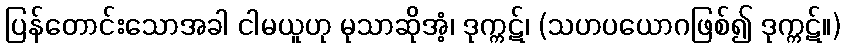
ပြန်တောင်းသောအခါ ငါမယူဟု မုသာဆိုအံ့၊ ဒုက္ကဋ်၊ (သဟပယောဂဖြစ်၍ ဒုက္ကဋ်။)